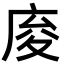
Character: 𢈡